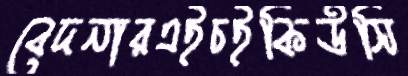
বেদনারএইচইকিউসি